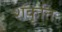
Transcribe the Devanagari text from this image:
शंकृति